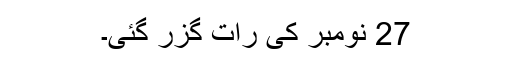
27 نومبر کی رات گزر گئی۔